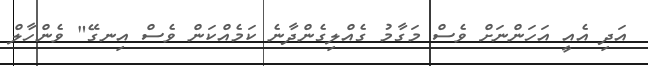
އަދި އެއީ އަހަންނަށް ވެސް މަގާމު ގެއްލިގެންދާނެ ކަމެއްކަން ވެސް އިނގޭ" ވެންހާލް